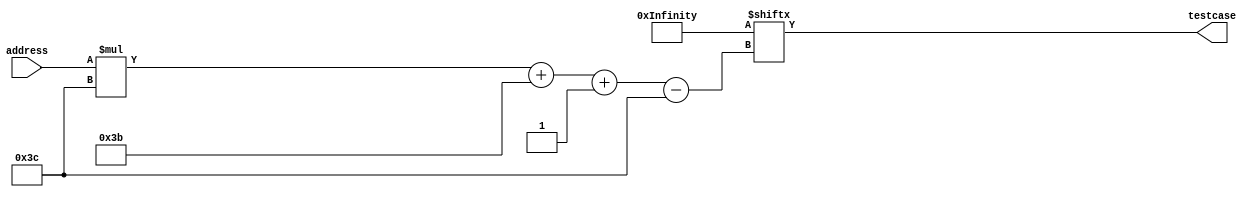
/*
   This file was generated automatically by Alchitry Labs version 1.2.7.
   Do not edit this file directly. Instead edit the original Lucid source.
   This is a temporary file and any changes made to it will be destroyed.
*/

module tester_rom_11 (
    input [4:0] address,
    output reg [59:0] testcase
  );
  
  
  
  localparam TESTADD = 120'hffff8000007fff2800000010080011;
  
  localparam TESTSUB = 120'h80007fff0100012ffffffff0100004;
  
  localparam TESTMUL = 120'hffff020002fe0000000ffff0200001;
  
  localparam TESTBOOL = 240'h555511111a55550ffff555516aaaa0ffff00001effff1ffffffff18ffff1;
  
  localparam TESTSHIFT = 300'hffff001f23ffff1ffffffff2100014ffff001f2100011ffffffff2080001ffff000f2080000;
  
  localparam TESTCOMP = 180'h555555553700014555555553500004555555553300014;
  
  localparam TESTINCR = 180'h0001ffff41000047fffffff40100030000ffff4000010;
  
  localparam TESTBOOL2 = 240'h0001ffff15000105555aaaa19000030000555511aaaa1ff00555517aaff1;
  
  localparam TESTS = 1560'h0001ffff15000105555aaaa19000030000555511aaaa1ff00555517aaff10001ffff41000047fffffff40100030000ffff4000010555555553700014555555553500004555555553300014ffff001f23ffff1ffffffff2100014ffff001f2100011ffffffff2080001ffff000f2080000555511111a55550ffff555516aaaa0ffff00001effff1ffffffff18ffff1ffff020002fe0000000ffff020000180007fff0100012ffffffff0100004ffff8000007fff2800000010080011000000000000000;
  
  always @* begin
    testcase = TESTS[(address)*60+59-:60];
  end
endmodule